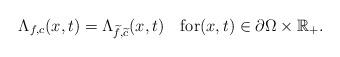
LaTeX: \begin{align*}\Lambda_{f, c}(x, t)=\Lambda_{\widetilde{f},\widetilde{c}}(x, t)\quad\mbox{for}(x, t)\in\partial\Omega\times\mathbb{R}_+. \end{align*}